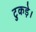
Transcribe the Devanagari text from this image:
टुकड़े।